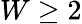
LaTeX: W\geq 2